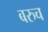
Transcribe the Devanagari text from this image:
बरुच